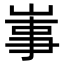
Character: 𡸪